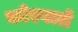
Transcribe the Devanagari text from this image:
कोरवाले